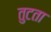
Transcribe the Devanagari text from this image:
तुटता